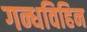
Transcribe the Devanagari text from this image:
गन्धविहिन